Malaria in the Andamans - Number 56
Disease focus: Malaria
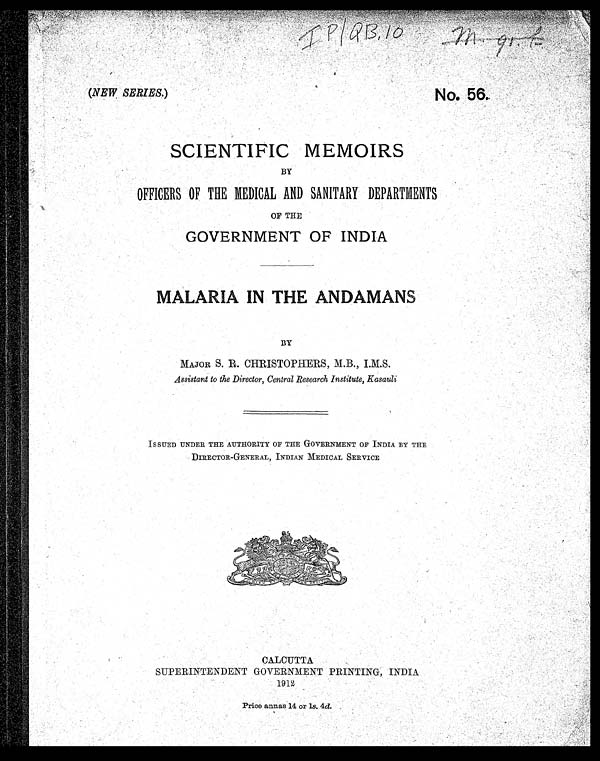
IP|QB.10
(NEW. SERIES. )
No. 56.
SCIENTIFIC MEMOIRS
BY
OFFICERS OF THE MEDICAL AND SANITARY DEPARTMENTS
OF THE
GOVERNMENT OF INDIA
M A L A R I A I N T H E A N D A M A N S
BY
MAJOR S. R. CHRISTOPHERS, M.B., I.M.S.
Assistant to the Director, Central Research Institute, Kasauli
ISSUED UNDER THE AUTHORITY OF THE GOVERNMENT OF INDIA BY THE
DIRECTOR-GENERAL, INDIAN MEDICAL SERVICE
CALCUTTA
SUPERINTENDENT GOVERNMENT PRINTING, INDIA
1912
Price annas 14 or 1 s. 4d.